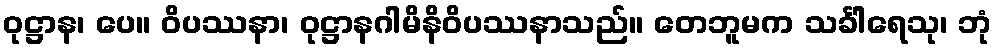
ဝုဋ္ဌာန၊ ပေ။ ဝိပဿနာ၊ ဝုဋ္ဌာနဂါမိနိဝိပဿနာသည်။ တေဘူမက သင်္ခါရေသု၊ ဘုံ